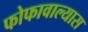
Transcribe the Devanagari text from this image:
फोफावाल्यास